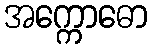
အက္ကောဓော